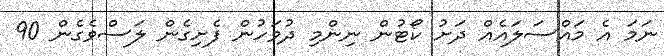
ނަމަ އެ މައްސަލައެއް ދަށު ކޯޓުން ނިންމި ދުވަހުން ފެށިގެން ލަސްވެގެން 90